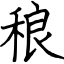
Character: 稂